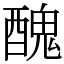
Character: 醜